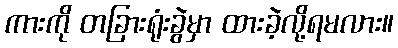
ကားကို တခြားရုံးခွဲမှာ ထားခဲ့လို့ရမလား။